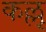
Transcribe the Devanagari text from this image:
कल्लु